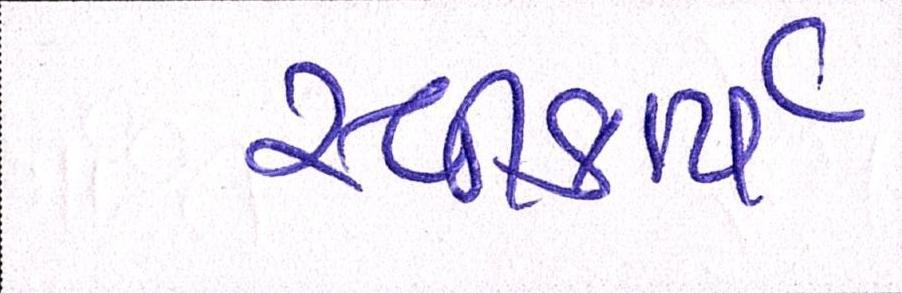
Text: સ્વીકાર્ય